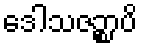
ဒေါသဇဉ္စာပိ